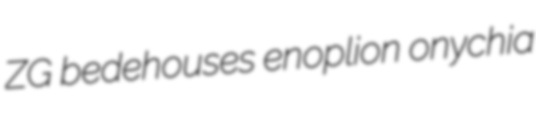
ZG bedehouses enoplion onychia